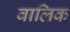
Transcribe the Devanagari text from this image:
वालिक